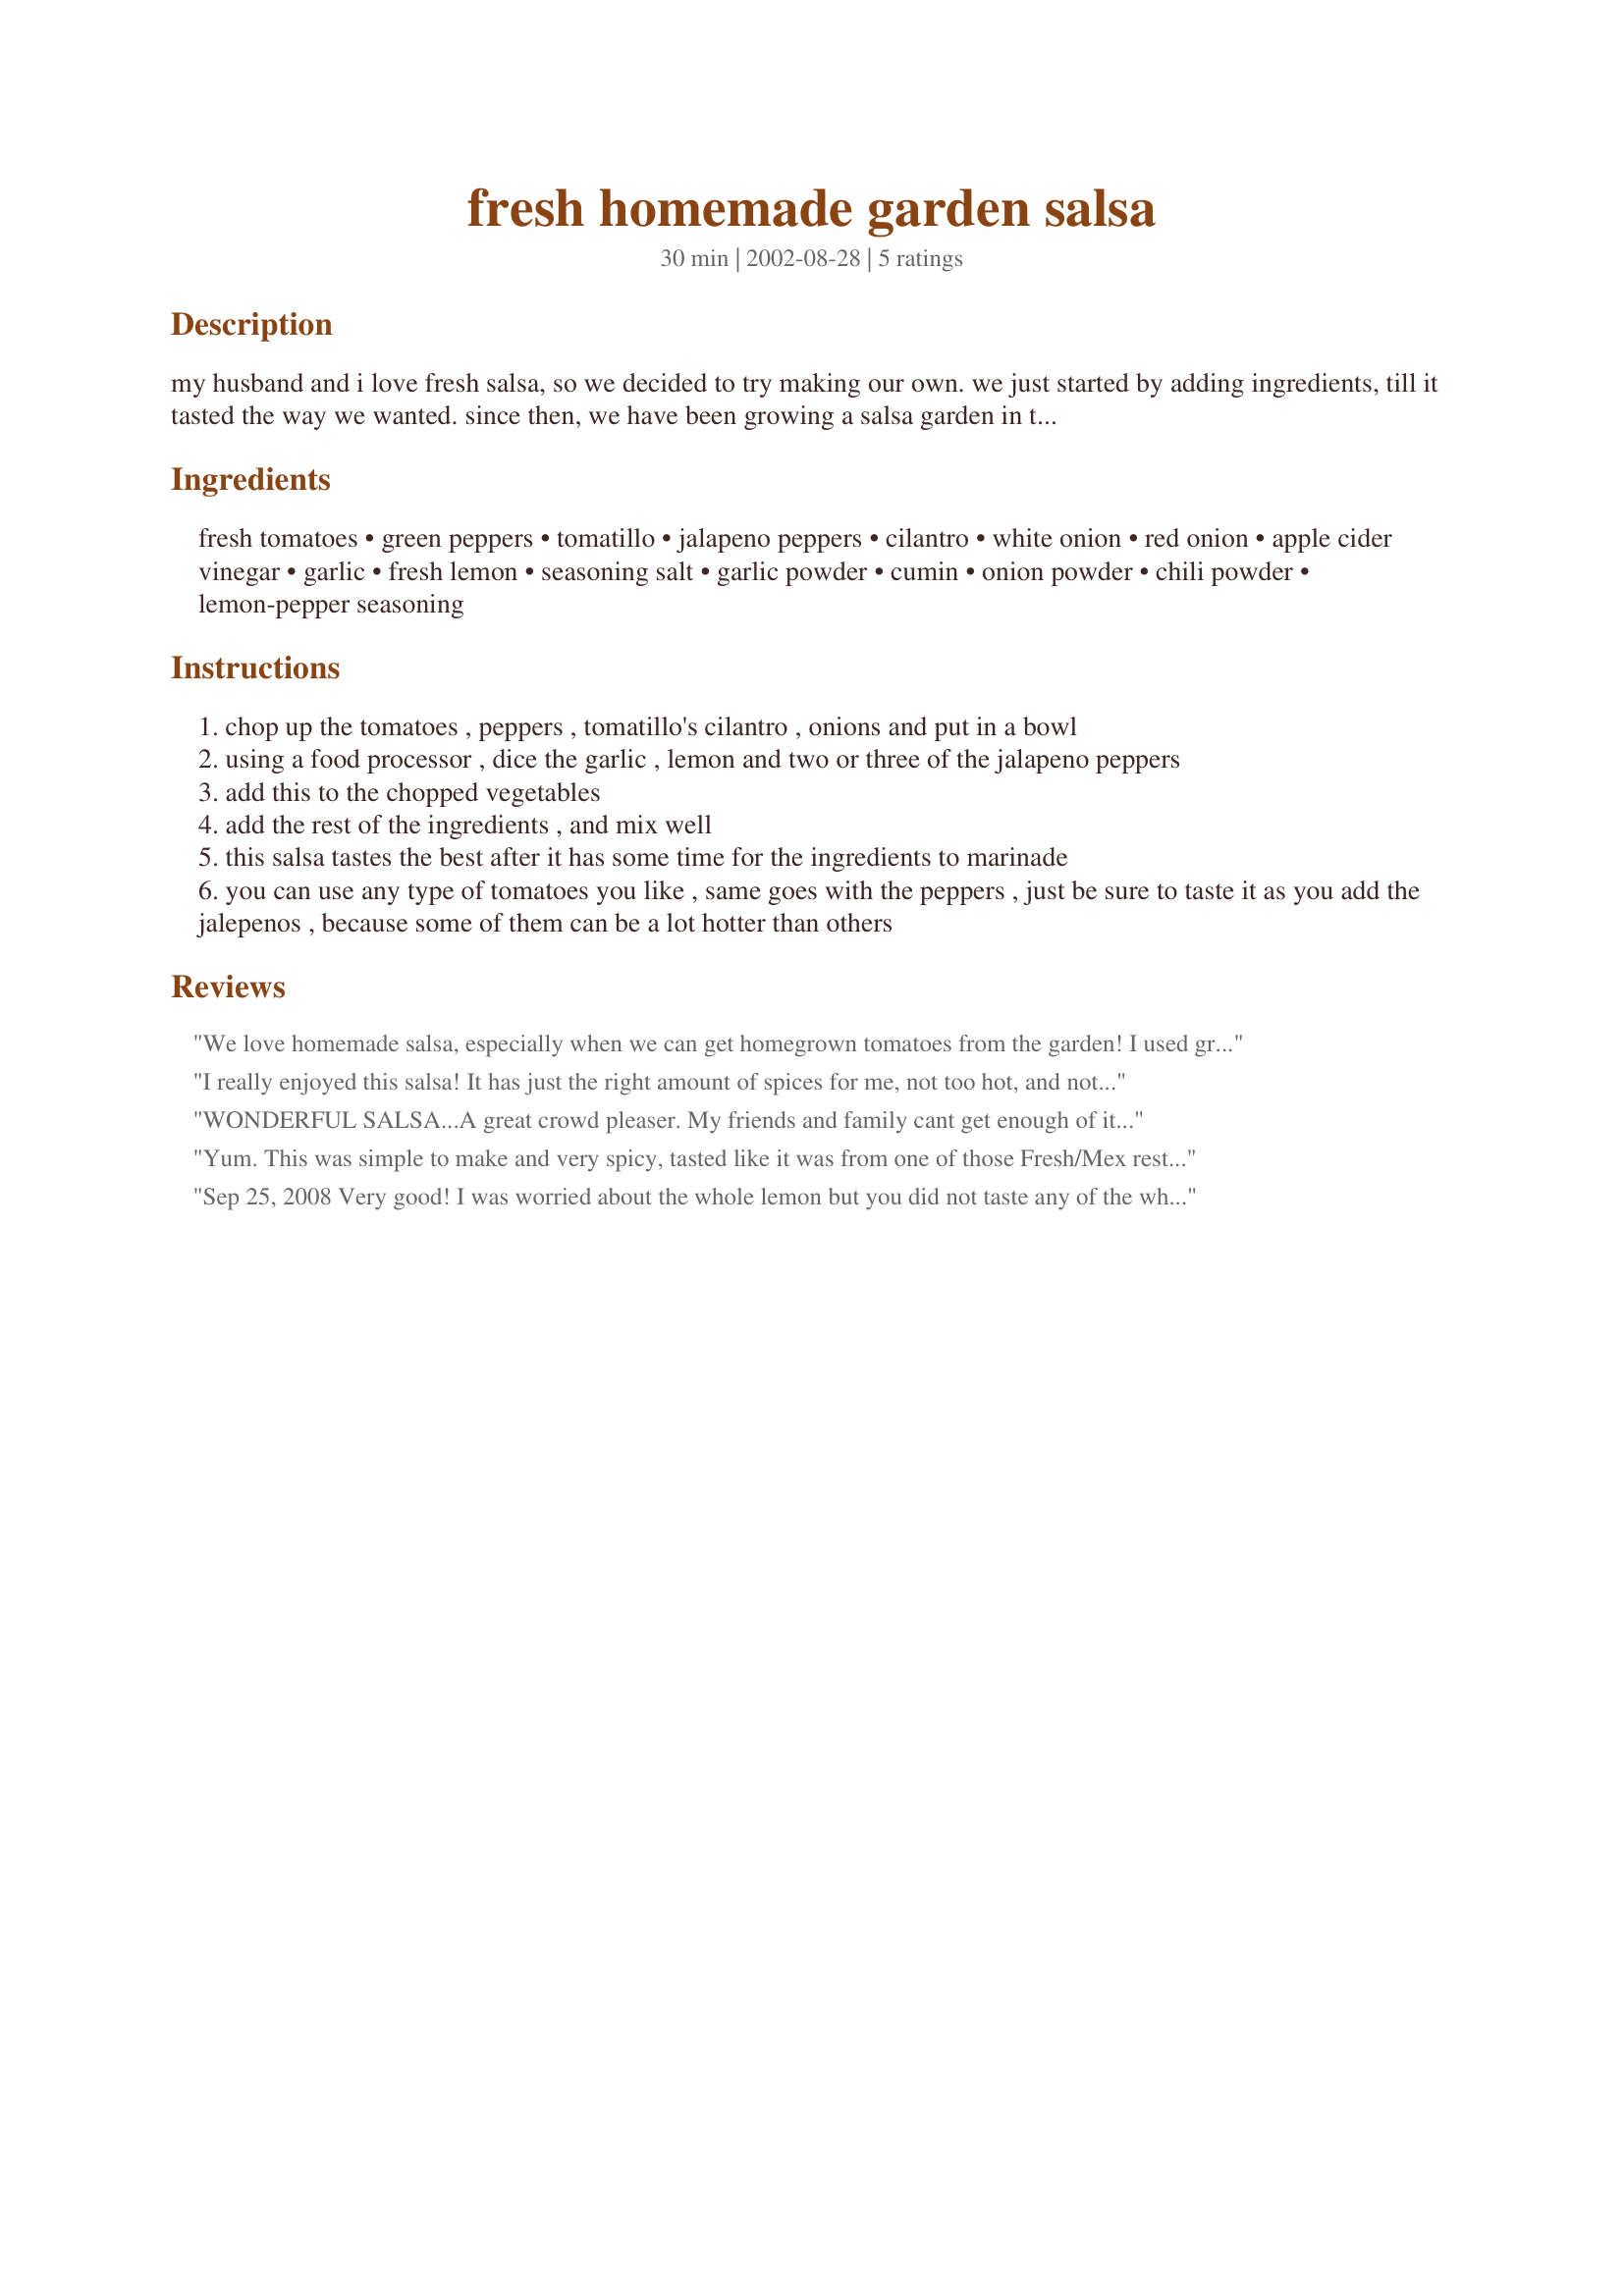
fresh homemade garden salsa
Preparation time: 30 minutes

my husband and i love fresh salsa, so we decided to try making our own. we just started by adding ingredients, till it tasted the way we wanted. since then, we have been growing a salsa garden in the backyard, so we can enjoy our homemade salsa all summer long!!

Ingredients:
fresh tomatoes, green peppers, tomatillo, jalapeno peppers, cilantro, white onion, red onion, apple cider vinegar, garlic, fresh lemon, seasoning salt, garlic powder, cumin, onion powder, chili powder, lemon-pepper seasoning

Steps:
chop up the tomatoes , peppers , tomatillo's cilantro , onions and put in a bowl
using a food processor , dice the garlic , lemon and two or three of the jalapeno peppers
add this to the chopped vegetables
add the rest of the ingredients , and mix well
this salsa tastes the best after it has some time for the ingredients to marinade
you can use any type of tomatoes you like , same goes with the peppers , just be sure to taste it as you add the jalepenos , because some of them can be a lot hotter than others

Reviews:
We love homemade salsa, especially when we can get homegrown tomatoes from the garden! I used green onions instead of the white and red onions. We loved all the seasonings in it... makes it different than other recipes.
I really enjoyed this salsa! It has just the right amount of spices for me, not too hot, and not too mild. Thanks for the recipe!
WONDERFUL SALSA...A great crowd pleaser. My friends and family cant get enough of it...
Yum. This was simple to make and very spicy, tasted like it was from one of those Fresh/Mex resturants!!! I added much more jalapeno peppers to suite our personal taste. I will most certainly make it again....THANKS
Sep 25, 2008 Very good! I was worried about the whole lemon but you did not taste any of the white bitter part of it. Our tomatoes were on the sweet side so our salsa had a sweet/warm taste to it. We'll be making this one again. Made for *Zaar Cookbooks Tag 2008* game. *Update* I made this again today. This time I did not cut the ends of the lemon off up to the inside of the fruit, and I did not chop the lemon up as fine as the first time, both a mistake. So cut the pith off both ends and then grind/chop the rest of the lemon up fine.
